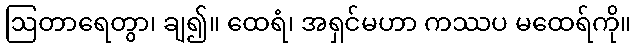
ဩတာရေတွာ၊ ချ၍။ ထေရံ၊ အရှင်မဟာ ကဿပ မထေရ်ကို။